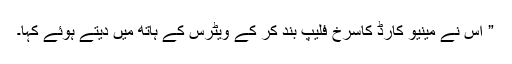
” اس نے مینیو کارڈ کاسرخ فلیپ بند کر کے ویٹرس کے ہاتھ میں دیتے ہوئے کہا۔